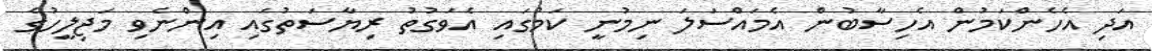
އަދި އެހެންކަމުން އެހިސާބުން އެމައްސަލަ ނިމުނީ ކަމުގައި އެވަގުތު ރިޔާސަތުގައި އިންނެވި މަޖިލީހުގެ